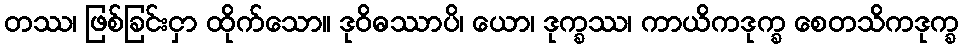
တဿ၊ ဖြစ်ခြင်းငှာ ထိုက်သော။ ဒုဝိဓဿာပိ၊ ယော၊ ဒုက္ခဿ၊ ကာယိကဒုက္ခ စေတသိကဒုက္ခ